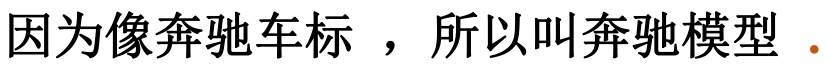
因为像奔驰车标 ，所以叫奔驰模型 ．